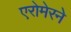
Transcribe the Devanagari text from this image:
एरोमेरने